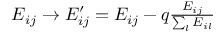
\begin{array} { r } { E _ { i j } \to E _ { i j } ^ { \prime } = E _ { i j } - q \frac { E _ { i j } } { \sum _ { l } E _ { i l } } } \end{array}